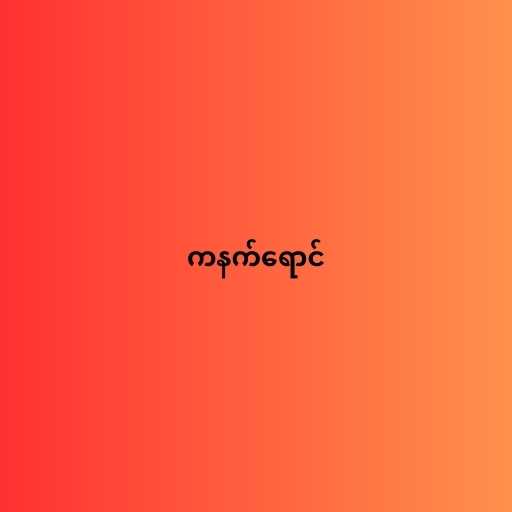
ကနက်ရောင်